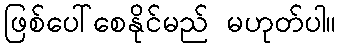
ဖြစ်ပေါ်စေနိုင်မည် မဟုတ်ပါ။